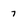
Character: 7